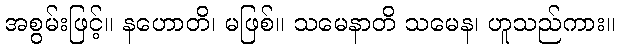
အစွမ်းဖြင့်။ နဟောတိ၊ မဖြစ်။ သမေနာတိ သမေန၊ ဟူသည်ကား။